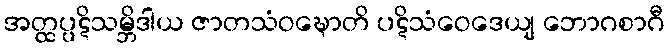
အတ္ထပ္ပဋိသမ္ဘိဒါယ ဇာတသံဝဍ္ဎောတိ ပဋိသံဝေဒေယျ ဘောဂစာဂီ